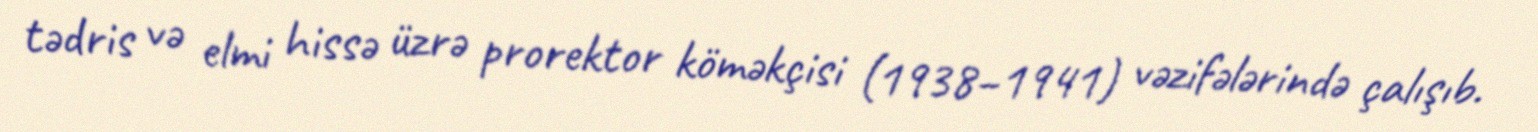
tədris və elmi hissə üzrə prorektor köməkçisi (1938–1941) vəzifələrində çalışıb.